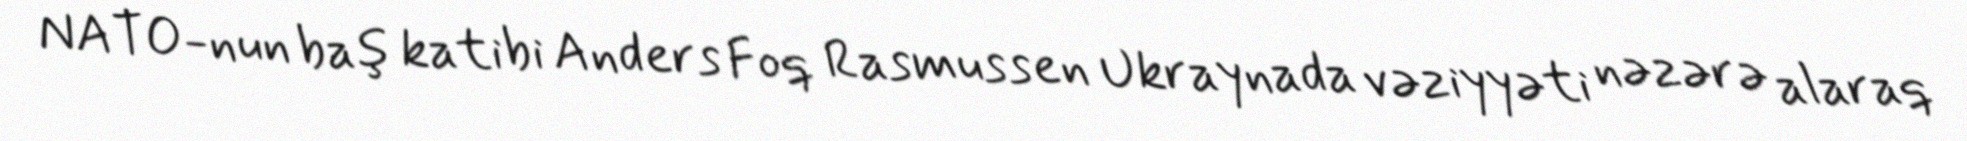
NATO-nun baş katibi Anders Foq Rasmussen Ukraynada vəziyyəti nəzərə alaraq